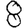
Digit: 8